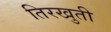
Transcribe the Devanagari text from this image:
तिरखुती